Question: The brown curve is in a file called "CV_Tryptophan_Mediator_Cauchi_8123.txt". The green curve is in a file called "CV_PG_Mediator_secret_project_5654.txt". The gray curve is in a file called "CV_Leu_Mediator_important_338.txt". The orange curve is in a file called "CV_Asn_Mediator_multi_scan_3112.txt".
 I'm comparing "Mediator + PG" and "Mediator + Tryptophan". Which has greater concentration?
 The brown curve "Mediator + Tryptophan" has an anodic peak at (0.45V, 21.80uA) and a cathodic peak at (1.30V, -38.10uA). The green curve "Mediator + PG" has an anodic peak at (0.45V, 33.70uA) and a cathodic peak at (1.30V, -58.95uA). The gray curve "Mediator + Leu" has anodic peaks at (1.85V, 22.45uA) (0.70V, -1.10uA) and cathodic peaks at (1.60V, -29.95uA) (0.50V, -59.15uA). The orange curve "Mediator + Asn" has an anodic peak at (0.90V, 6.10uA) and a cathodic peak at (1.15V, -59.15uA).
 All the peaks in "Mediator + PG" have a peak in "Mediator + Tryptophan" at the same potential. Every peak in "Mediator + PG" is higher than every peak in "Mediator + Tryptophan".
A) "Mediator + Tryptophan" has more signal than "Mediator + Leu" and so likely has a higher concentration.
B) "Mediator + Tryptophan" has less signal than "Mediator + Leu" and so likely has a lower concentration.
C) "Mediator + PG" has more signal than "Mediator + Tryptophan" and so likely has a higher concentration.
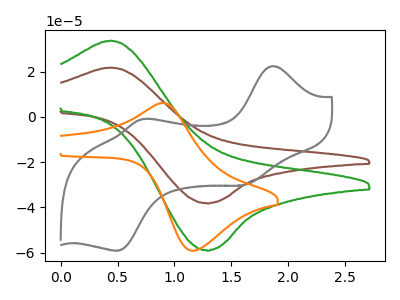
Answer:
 <answer>C) "Mediator + PG" has more signal than "Mediator + Tryptophan" and so likely has a higher concentration.</answer>
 <eval>C</eval>